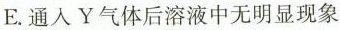
E.通入Y气体后溶液中无明显现象